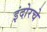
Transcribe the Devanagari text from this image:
इंदोरचे